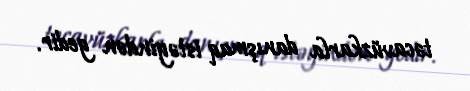
təcavüzkarla danışmaq istəyindən gedir.